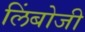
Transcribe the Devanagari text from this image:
लिंबोजी